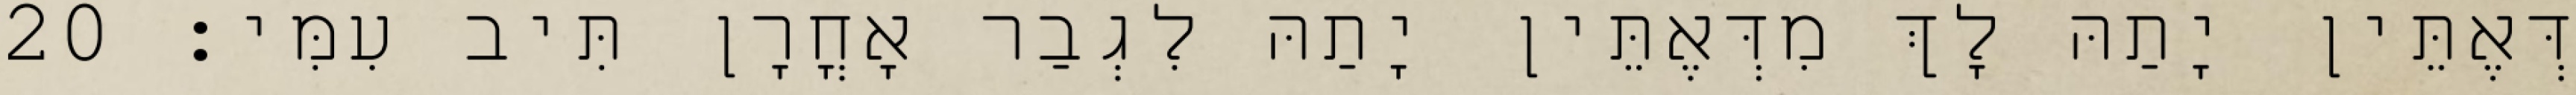
דְּאֶתֵּין יָתַהּ לָךְ מִדְּאֶתֵּין יָתַהּ לִגְבַר אָחֳרָן תִּיב עִמִּי׃ 20